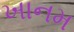
ખાનમ